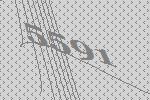
5591